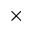
\times